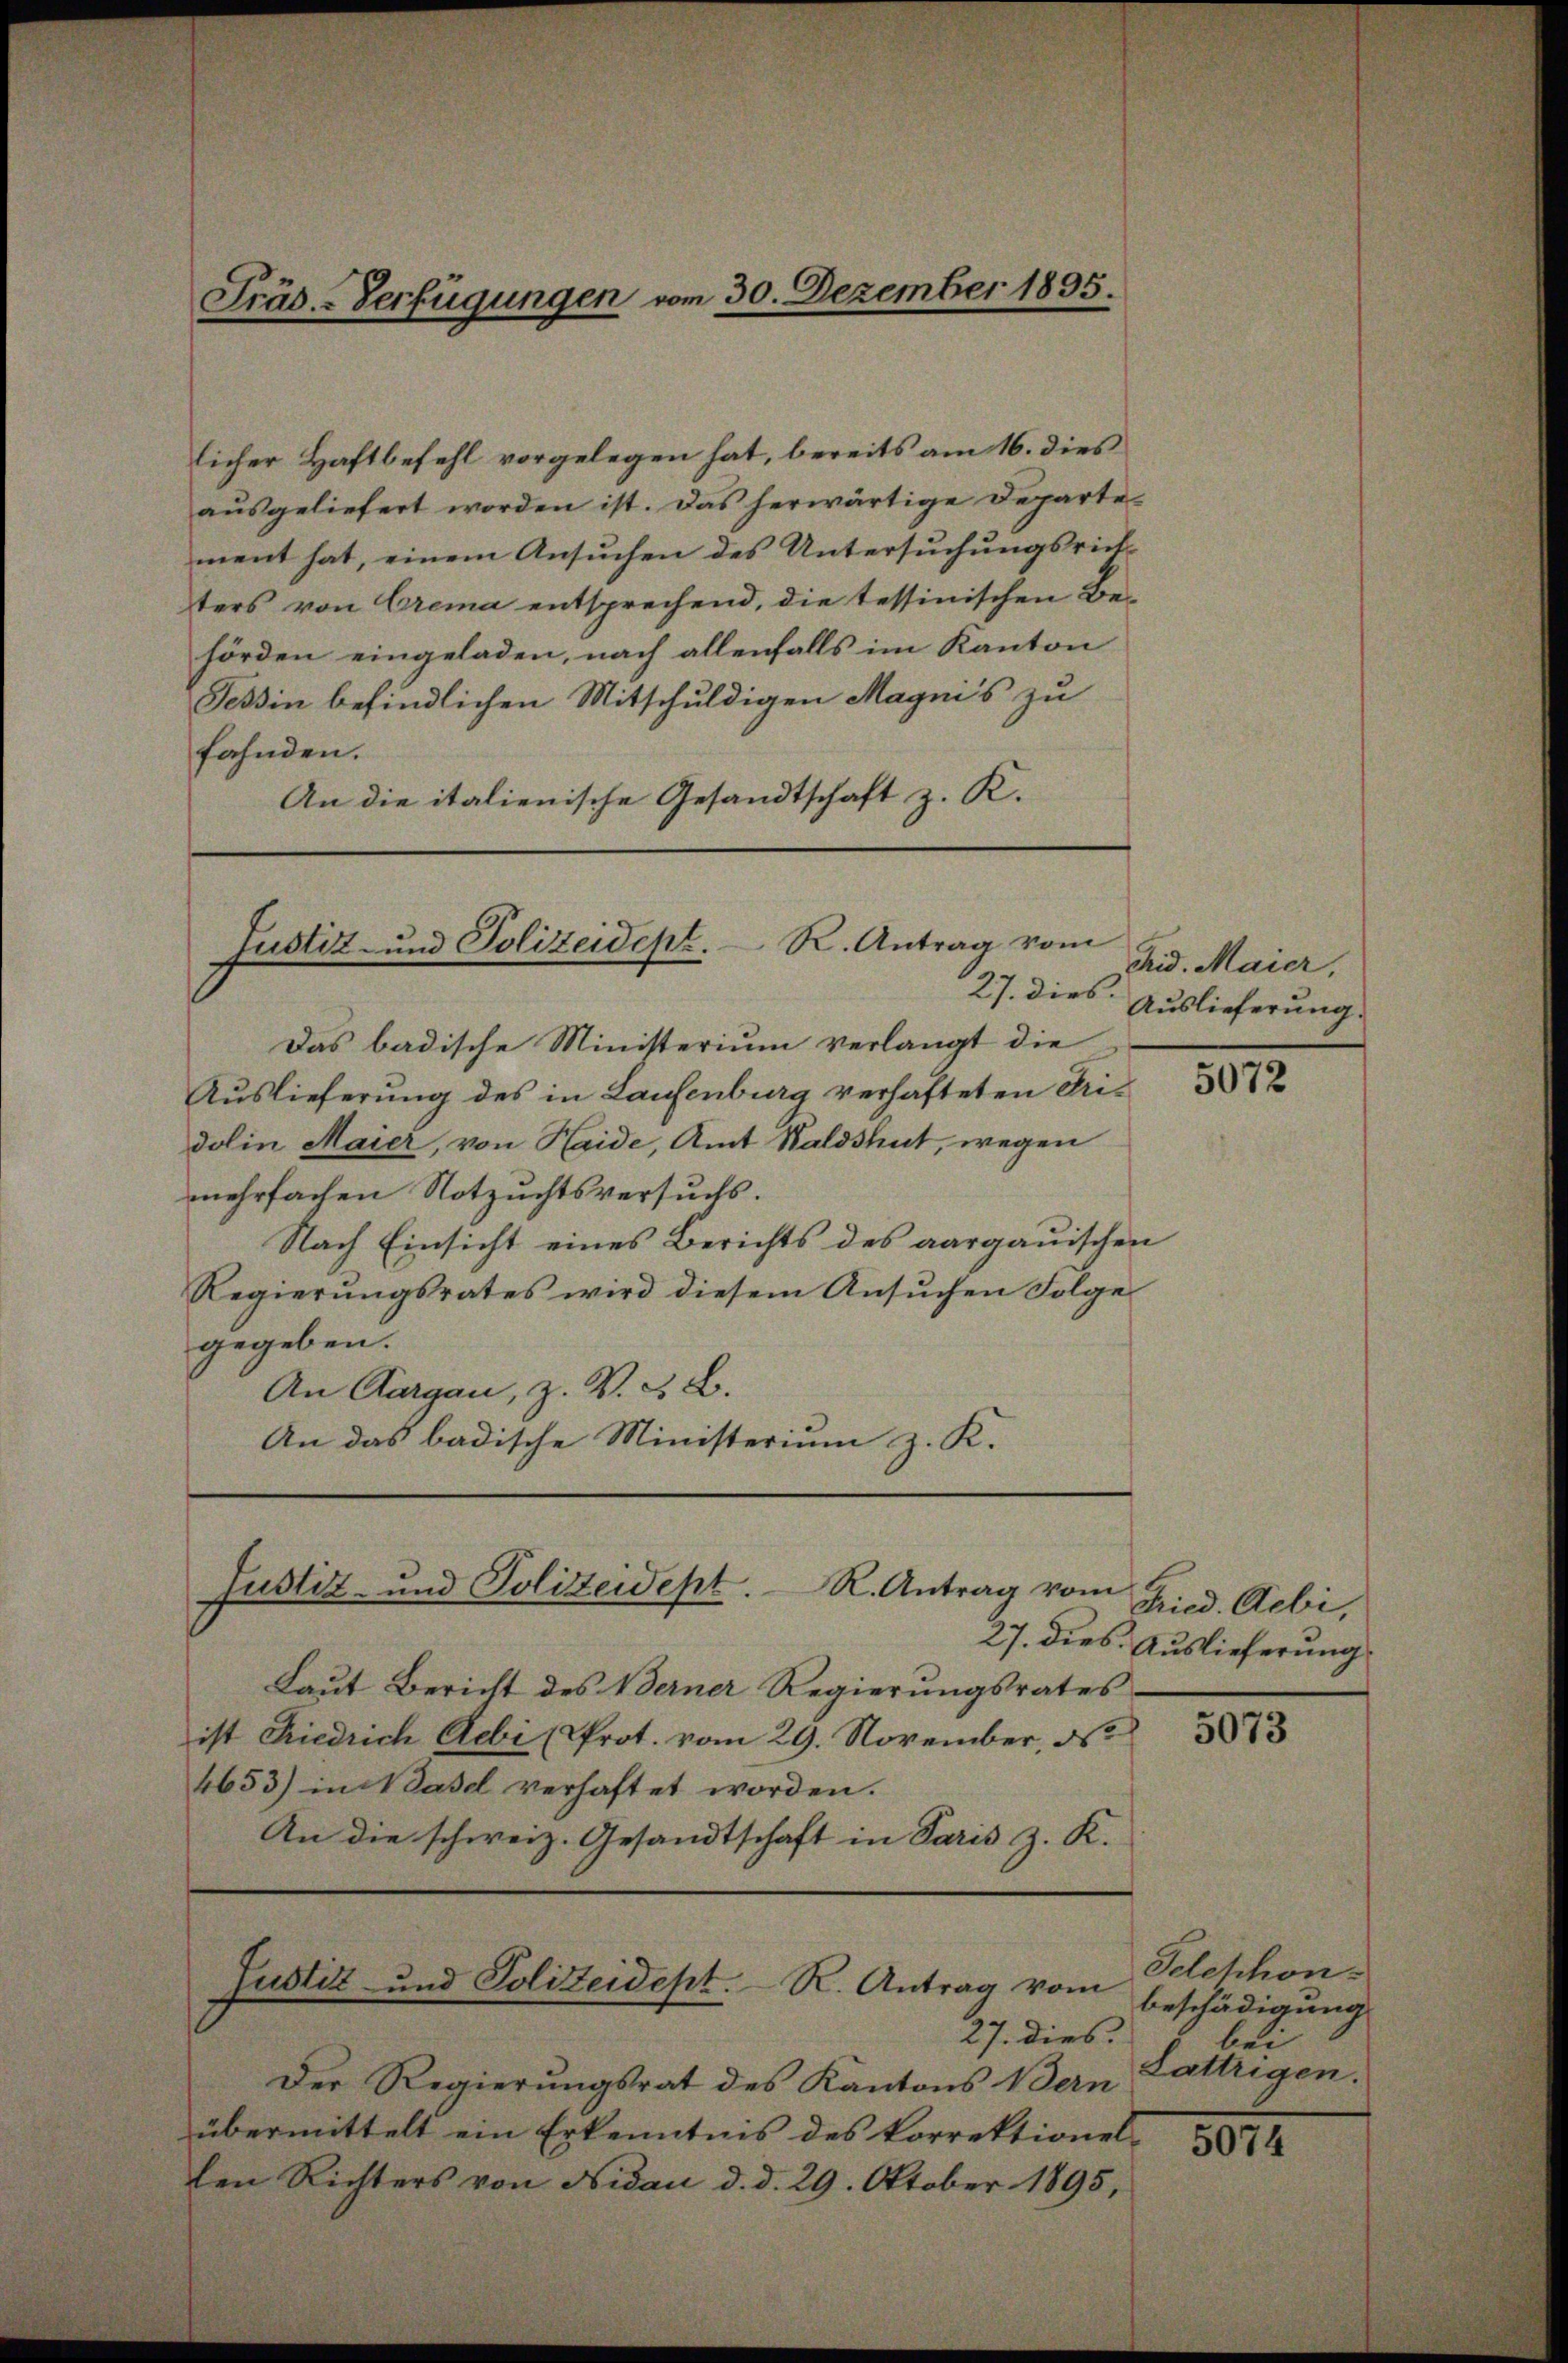
Präs.-Verfügungen vom 30. Dezember 1895.

licher Haftbefehl vorgelegen hat, bereits am 16. dies
aŭsgeliefert worden ist. Das herwärtige Departe-
ment hat, einem Ansuchen des Untersuchungsrichters von Crema entsprechend, die tessinischen Be-
hörden eingeladen, nach allenfalls im Kanton
Tessin befindlichen Mitschuldigen Magnis zu
fahnden.
An die italienische Gesandtschaft z. K.

R. Antrag vom
Justiz- und Polizeidept.
27. dies

Das badische Ministerium verlangt die
Auslieferung des in Laufenburg verhafteten Pridolin Maier, von Heide, Amt Waldshut, wegen
mehrfachen Notzuchtsversuchs.
Nach Einsicht eines Berichts des aargauischen
Regierŭngsrates wird diesem Ansŭchen Folge
gegeben.
An Aargau, z. V. 32.
An das badische Ministerium z. K.

Justiz- und Polizeidept. R. Antrag vom

Justiz und Polizeidept. R. Antrag vom
27. dies

Laŭt Bericht des Verner Regierŭngsrates
ist Friedrich Aebi (Prot. vom 29. November, d
4653) in Basel verhaftet worden.
An die schweiz. Gesandtschaft in Paris z. K.

Der Regierungsrat des Kantons Bern
übermittelt ein Erkenntnis des korrektionel-
ten Richters von Nidau d. d. 29. Oktober 1895,

Rid. Maier,
Auslieferung.

Fried. Gebi
27. dies. Auslieferung

5072

5073

Seethon.
beschädigung
bei
Lattrigen.

5074